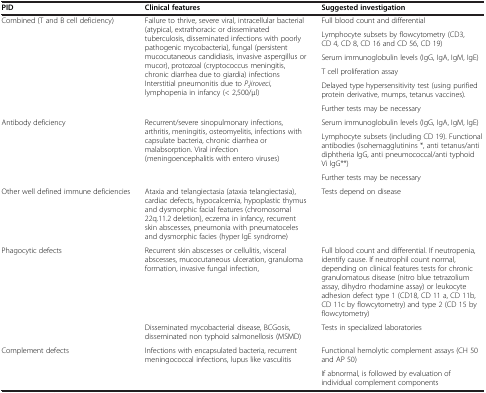
<table><thead><tr><td><b>PID</b></td><td><b>Clinical features</b></td><td><b>Suggested investigation</b></td></tr></thead><tbody><tr><td rowspan="6">Combined (T and B cell deficiency)</td><td rowspan="6">Failure to thrive, severe viral, intracellular bacterial (atypical, extrathoracic or disseminated tuberculosis, disseminated infections with poorly pathogenic mycobacteria), fungal (persistent mucocutaneous candidiasis, invasive aspergillus or mucor), protozoal (cryptococcus meningitis, chronic diarrhea due to giardia) infections Interstitial pneumonitis due to <i>P.jiroveci</i>, lymphopenia in infancy (&lt; 2,500/μl)</td><td>Full blood count and differential</td></tr><tr><td>Lymphocyte subsets by flowcytometry (CD3, CD 4, CD 8, CD 16 and CD 56, CD 19)</td></tr><tr><td>Serum immunoglobulin levels (IgG, IgA, IgM, IgE)</td></tr><tr><td>T cell proliferation assay</td></tr><tr><td>Delayed type hypersensitivity test (using purified protein derivative, mumps, tetanus vaccines).</td></tr><tr><td>Further tests may be necessary</td></tr><tr><td rowspan="3">Antibody deficiency</td><td rowspan="3">Recurrent/severe sinopulmonary infections, arthritis, meningitis, osteomyelitis, infections with capsulate bacteria, chronic diarrhea or malabsorption. Viral infection (meningoencephalitis with entero viruses)</td><td>Serum immunoglobulin levels (IgG, IgA, IgM, IgE)</td></tr><tr><td>Lymphocyte subsets (including CD 19). Functional antibodies (isohemagglutinins *, anti tetanus/anti diphtheria IgG, anti pneumococcal/anti typhoid Vi IgG**)</td></tr><tr><td>Further tests may be necessary</td></tr><tr><td>Other well defined immune deficiencies</td><td>Ataxia and telangiectasia (ataxia telangiectasia), cardiac defects, hypocalcemia, hypoplastic thymus and dysmorphic facial features (chromosomal 22q.11.2 deletion), eczema in infancy, recurrent skin abscesses, pneumonia with pneumatoceles and dysmorphic facies (hyper IgE syndrome)</td><td>Tests depend on disease</td></tr><tr><td rowspan="2">Phagocytic defects</td><td>Recurrent skin abscesses or cellulitis, visceral abscesses, mucocutaneous ulceration, granuloma formation, invasive fungal infection,</td><td>Full blood count and differential. If neutropenia, identify cause. If neutrophil count normal, depending on clinical features tests for chronic granulomatous disease (nitro blue tetrazolium assay, dihydro rhodamine assay) or leukocyte adhesion defect type 1 (CD18, CD 11 a, CD 11b, CD 11c by flowcytometry) and type 2 (CD 15 by flowcytometry)</td></tr><tr><td>Disseminated mycobacterial disease, BCGosis, disseminated non typhoid salmonellosis (MSMD)</td><td>Tests in specialized laboratories</td></tr><tr><td rowspan="2">Complement defects</td><td rowspan="2">Infections with encapsulated bacteria, recurrent meningococcal infections, lupus like vasculitis</td><td>Functional hemolytic complement assays (CH 50 and AP 50)</td></tr><tr><td>If abnormal, is followed by evaluation of individual complement components</td></tr></tbody></table>